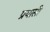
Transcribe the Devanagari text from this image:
प्रयासी